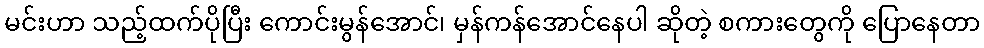
မင်းဟာ သည့်ထက်ပိုပြီး ကောင်းမွန်အောင်၊ မှန်ကန်အောင်နေပါ ဆိုတဲ့ စကားတွေကို ပြောနေတာ